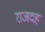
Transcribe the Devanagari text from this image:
राजदह